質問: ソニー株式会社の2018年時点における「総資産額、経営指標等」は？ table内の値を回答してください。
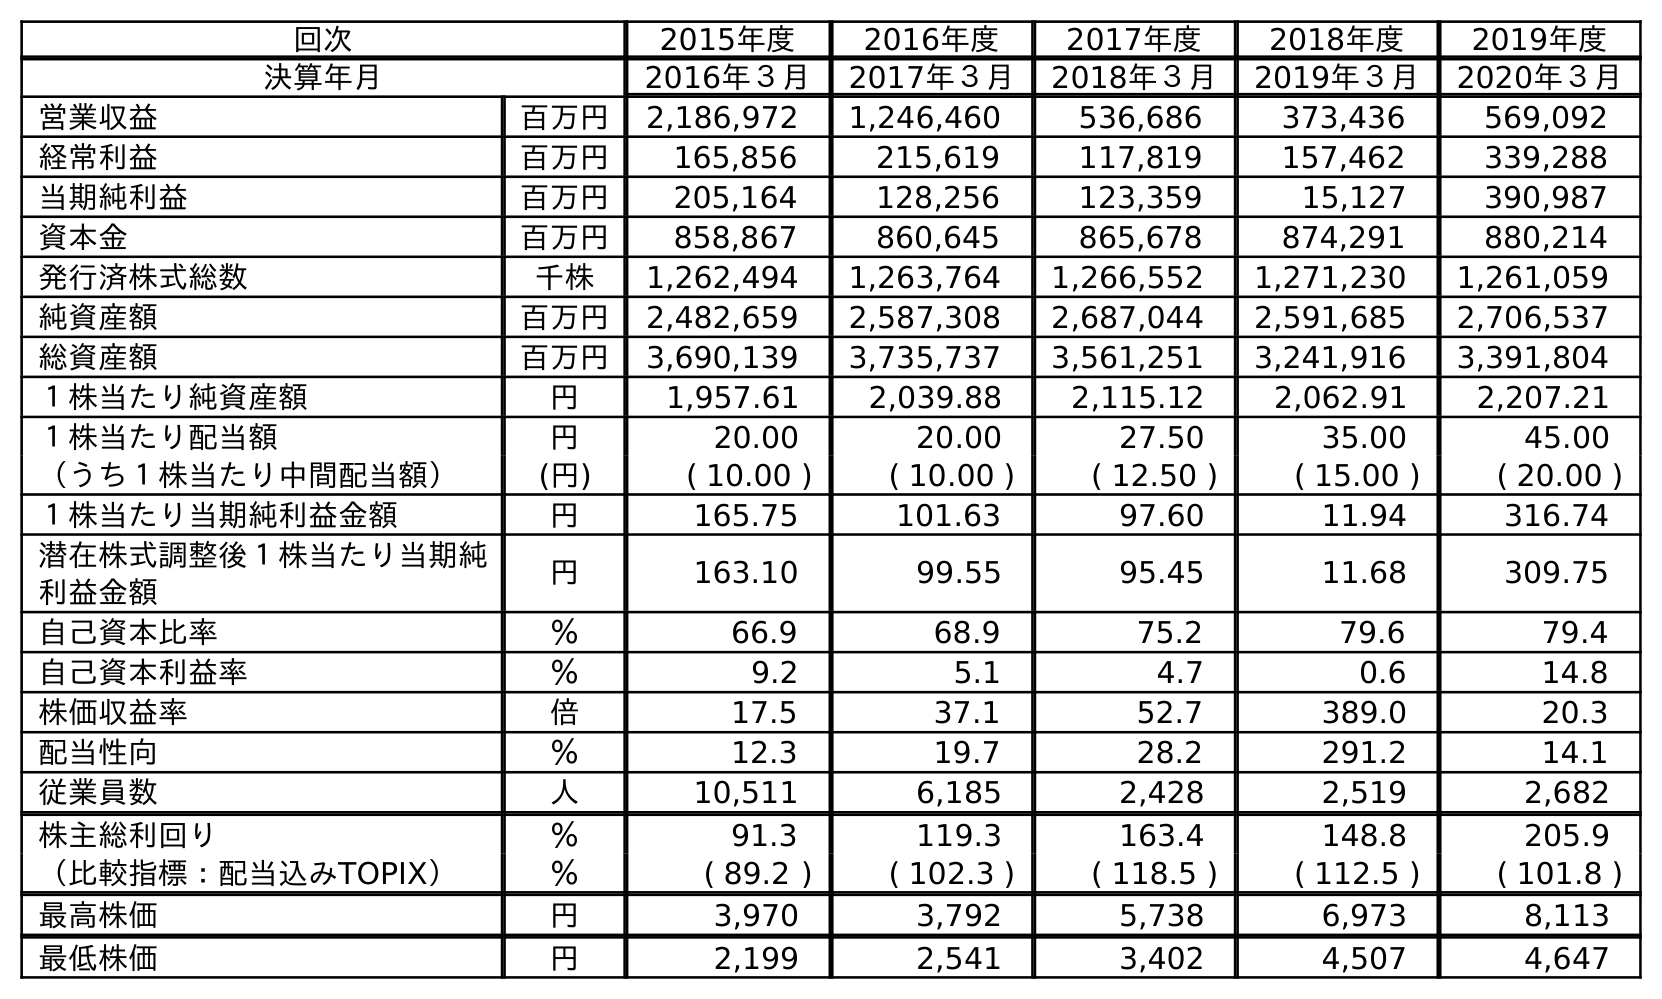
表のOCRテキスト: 回次 2015年度 2016年度 2017年度 2018年度 2019年度 決算年月 2016年３月 2017年３月 2018年３月 2019年３月 2020年３月 営業収益 百万円 2,186,972 1,246,460 536,686 373,436 569,092 経常利益 百万円 165,856 215,619 117,819 157,462 339,288 当期純利益 百万円 205,164 128,256 123,359 15,127 390,987 資本金 百万円 858,867 860,645 865,678 874,291 880,214 発行済株式総数 千株 1,262,494 1,263,764 1,266,552 1,271,230 1,261,059 純資産額 百万円 2,482,659 2,587,308 2,687,044 2,591,685 2,706,537 総資産額 百万円 3,690,139 3,735,737 3,561,251 3,241,916 3,391,804 １株当たり純資産額 円 1,957.61 2,039.88 2,115.12 2,062.91 2,207.21 １株当たり配当額 円 20.00 20.00 27.50 35.00 45.00 （うち１株当たり中間配当額） (円) ( 10.00 ) ( 10.00 ) ( 12.50 ) ( 15.00 ) ( 20.00 ) １株当たり当期純利益金額 円 165.75 101.63 97.60 11.94 316.74 潜在株式調整後１株当たり当期純 利益金額 円 163.10 99.55 95.45 11.68 309.75 自己資本比率 ％ 66.9 68.9 75.2 79.6 79.4 自己資本利益率 ％ 9.2 5.1 4.7 0.6 14.8 株価収益率 倍 17.5 37.1 52.7 389.0 20.3 配当性向 ％ 12.3 19.7 28.2 291.2 14.1 従業員数 人 10,511 6,185 2,428 2,519 2,682 株主総利回り ％ 91.3 119.3 163.4 148.8 205.9 （比較指標：配当込みTOPIX） ％ ( 89.2 ) ( 102.3 ) ( 118.5 ) ( 112.5 ) ( 101.8 ) 最高株価 円 3,970 3,792 5,738 6,973 8,113 最低株価 円 2,199 2,541 3,402 4,507 4,647
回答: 3,561,251